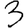
Digit: 3